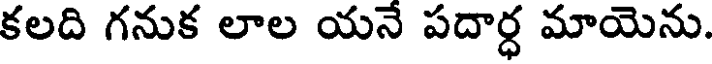
కలది గనుక లాల యనే పదార్ధ మాయెను.